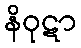
နိဝုဋာ